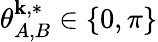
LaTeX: \theta_{A,B}^{\mathbf{k},*}\in\{ 0,\pi\}